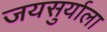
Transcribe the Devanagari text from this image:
जयसुर्याला